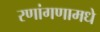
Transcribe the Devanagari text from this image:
रणांगणामधे